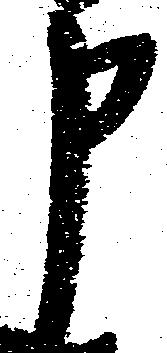
申